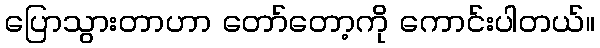
ပြောသွားတာဟာ တော်တော့ကို ကောင်းပါတယ်။